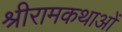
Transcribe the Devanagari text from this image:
श्रीरामकथाओं